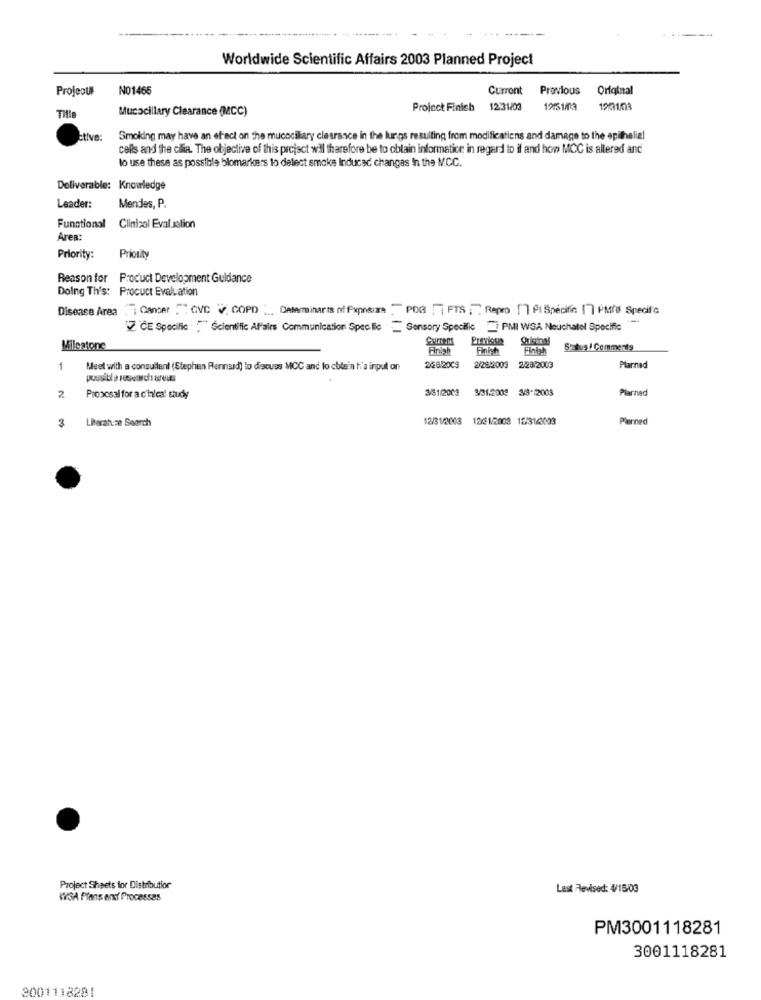
------ +
Worldwide Scientific Affairs 2003 Planned Project
Projeour
NO1465
Current Previous
Original
Mucocillary Clearance (MCC)
Project Finich
12:31/03
120103
Tille
ctive:
Smoking may have an effect on the mucociliary clearance in the lungs resulting from modifications and damage to the epithelial
cells and the cilia. The objective of this project will therefore be to obtain informatice in regard to il and how MCC is altered and
to use these as possible blomarkers to detect smoke Induced changas in the MCC.
Deliverable: Knowledge
Leader:
Mendes, P.
Functional Clinical Evaluation
Area:
Priority:
Priority
Reason for Product Development Guidance
Doing Th's: Procuct Evaluation
Disease Area : Cancer CVC V. COPD ... Determinants of Fxpneia PDG FTS: Repro [][Pt Specific: [] PMAS Specific
Z CE Specific "" Scientific Affairs Communication Specific " Sensory Specific _ PMI WSA Neuchatel Specific
Milestone
Finigh
Status / Comments
1
Meet with a consultant (Stephen Renard) to discuss MCC and to chlein h'a input on
258/2009
2/28/2003 2/28/2003
Planned
possible research areas
3/51/2003
3/31:2002 3/8/2003
Plarned
2
Proocsal for a chica! study
Literah.ze Search
12/31/2003
1261/2008 15:314003
Planned
3
Project Sheets for Distribution
Lest Revised: 4/15/03
WSA Plans and Processas
PM3001118281
3001118281
2001118281